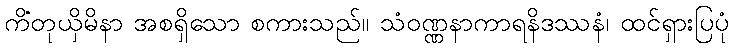
ကိံတုယှိမိနာ အစရှိသော စကားသည်။ သံဝဏ္ဏနာကာရနိဒဿနံ၊ ထင်ရှားပြပုံ